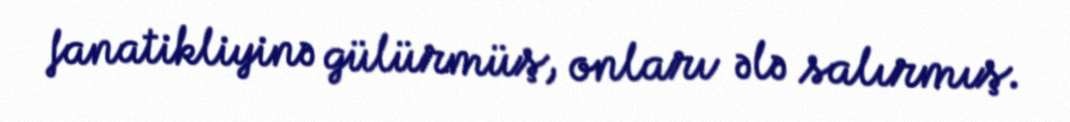
fanatikliyinə gülürmüş, onları ələ salırmış.